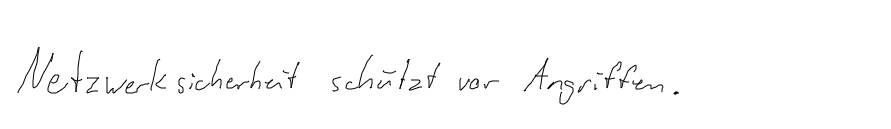
Netzwerksicherheit schützt vor Angriffen.